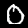
Digit: 0